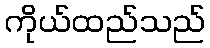
ကိုယ်ထည်သည်